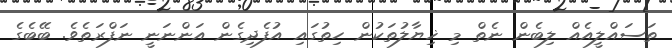
ތަސައްލީއެއް ލިބެން ނެތް މި ޚިޔާލުތަކުން ހިތުގައި އުފެދިގެން އަންނަނީ ނަފްރަތެވެ. ބޭބެގެ